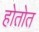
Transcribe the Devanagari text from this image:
होतोत